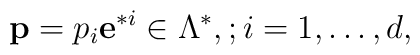
{\bf p} =  p_{i}{\bf e}^{*i} \in \Lambda^{*},;i=1,\dots,d,